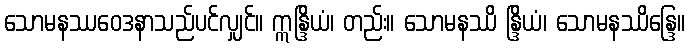
သောမနဿဝေဒနာသည်ပင်လျှင်။ ဣန္ဒြိယံ၊ တည်း။ သောမနဿိ န္ဒြိယံ၊ သောမနဿိန္ဒြေ။